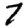
Digit: 7